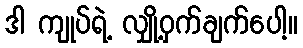
ဒါ ကျုပ်ရဲ့ လျှို့ဝှက်ချက်ပေါ့။